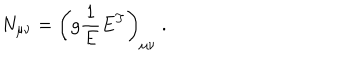
N _ { \mu \nu } = \left( g \frac { 1 } { E } E ^ { T } \right) _ { \mu \nu } ~ .